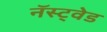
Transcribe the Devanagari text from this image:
नॅस्ट्वेड